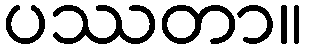
ပဿတာ။